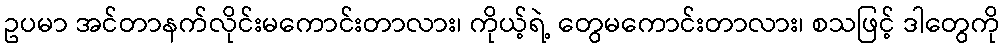
ဥပမာ အင်တာနက်လိုင်းမကောင်းတာလား၊ ကိုယ့်ရဲ့ တွေမကောင်းတာလား၊ စသဖြင့် ဒါတွေကို